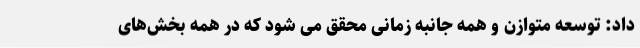
داد: توسعه متوازن و همه جانبه زمانی محقق می شود که در همه بخش‌های